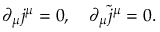
\partial _ { \mu } j ^ { \mu } = 0 , \quad \partial _ { \mu } \widetilde { j } ^ { \mu } = 0 .